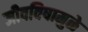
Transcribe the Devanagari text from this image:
जीवविषामुळे